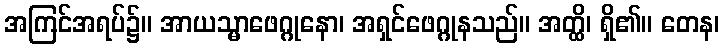
အကြင်အရပ်၌။ အာယသ္မာဖေဂ္ဂုနော၊ အရှင်ဖေဂ္ဂုနသည်။ အတ္ထိ၊ ရှိ၏။ တေန၊